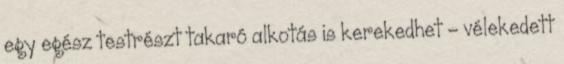
egy egész testrészt takaró alkotás is kerekedhet – vélekedett